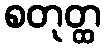
စတုတ္ထ